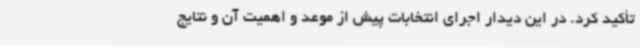
تأکید کرد. در این دیدار اجرای انتخابات پیش از موعد و اهمیت آن و نتایج